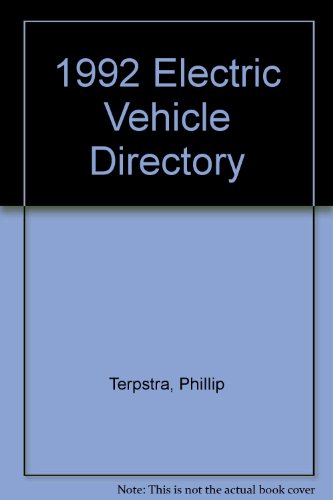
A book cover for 1992 Electric Vehicle Directory; Phillip Terpstra; Engineering & Transportation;